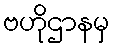
ဗဟိုဌာနမှ